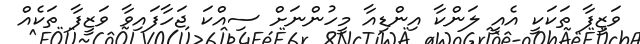
ވަޒީފާ ތަކަކީ އެއީ ލަންކާ އިންޑިއާ މީހުންނަށް ސިއްކަ ޖަހާފައިވާ ވަޒީފާ ތަކެއް